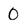
Character: 0